Civil Veterinary Department Bihar & Orissa reports 1922-29 - 1922-1929
Year: 1922
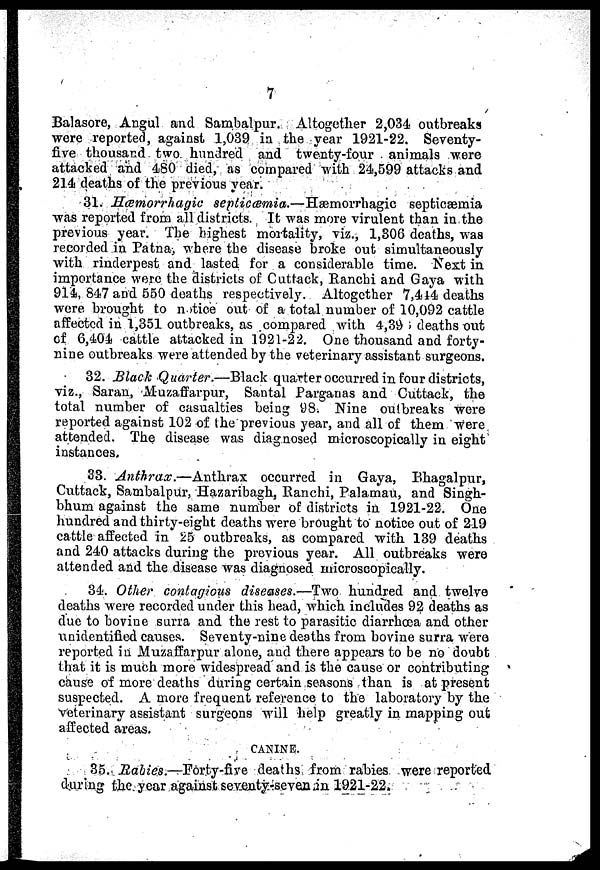
7
Balasore, Angul and Sambalpur. Altogether 2,034 outbreaks
were reported, against 1,039 in the year 1921-22. Seventy¬
five thousand two hundred and twenty-four animals were
attacked and 480 died, as compared with 24,599 attacks and
214 deaths of the previous year.
31. Hæmorrhagic septicæmia.—Hæmorrhagic
septicæmia
was reported from all districts. It was more virulent than in the
previous year. The highest mortality, viz., 1,306 deaths, was
recorded in Patna, where the disease broke out simultaneously
with rinderpest and lasted for a considerable time. Next in
importance were the districts of Cuttack, Ranchi and Gaya with
914, 847 and 550 deaths respectively. Altogether 7,444 deaths
were brought to notice out of a total number of 10,092 cattle
affected in 1,351 outbreaks, as compared with 4,39 deaths out
of 6,404 cattle attacked in 1921-22. One thousand and forty¬
nine outbreaks were attended by the veterinary assistant surgeons.
32. Black Quarter.—Black quarter occurred in four districts,
viz., Saran, Muzaffarpur, Santal Parganas and Cuttack, the
total number of casualties being 98. Nine outbreaks were
reported against 102 of the previous year, and all of them were
attended. The disease was diagnosed microscopically in eight
instances.
33. Anthrax.—Anthrax
occurred in Gaya, Bhagalpur,
Cuttack, Sambalpur, Hazaribagh, Ranchi, Palamau, and Singh¬
bhum against the same number of districts in 1921-22. One
hundred and thirty-eight deaths were brought to notice out of 219
cattle affected in 25 outbreaks, as compared with 139 deaths
and 240 attacks during the previous year. All outbreaks were
attended and the disease was diagnosed microscopically.
34. Other contagions diseases.—Two hundred and twelve
deaths were recorded under this head, which includes 92 deaths as
due to bovine surra and the rest to parasitic diarrhoea and other
unidentified causes. Seventy-nine deaths from bovine surra were
reported in Muzaffarpur alone, and there appears to be no doubt
that it is much more widespread and is the cause or contributing
cause of more deaths during certain seasons than is at present
suspected. A more frequent reference to the laboratory by the
Veterinary assistant surgeons will help greatly in mapping out
affected areas.
CANINE.
35. Rabies.—Forty-five deaths from rabies were reported
during the year against seventy-seven in 1921-22.